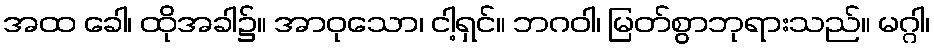
အထ ခေါ၊ ထိုအခါ၌။ အာဝုသော၊ ငါ့ရှင်။ ဘဂဝါ၊ မြတ်စွာဘုရားသည်။ မဂ္ဂါ၊